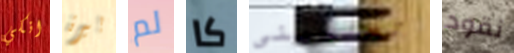
انكي بيرة لم كا تعلميني نقود